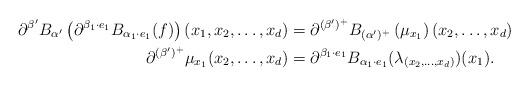
LaTeX: \begin{align*}\partial^{\beta'} B_{\alpha'} \left( \partial^{\beta_1 \cdot e_1} B_{\alpha_1 \cdot e_1} (f) \right)(x_1, x_2, \ldots, x_d) & = \partial^{(\beta')^+} B_{(\alpha')^+} \left( \mu_{x_1} \right)(x_2, \ldots, x_d) ~~ \\\partial^{(\beta')^+} \mu_{x_1}(x_2, \ldots, x_d) & = \partial^{\beta_1 \cdot e_1} B_{\alpha_1 \cdot e_1} (\lambda_{(x_2, \ldots, x_d)})(x_1).\end{align*}